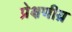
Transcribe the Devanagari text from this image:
प्रेक्षणीय़